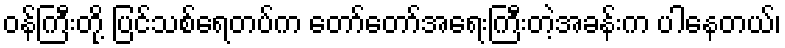
ဝန်ကြီးတို့ ပြင်သစ်ရေတပ်က တော်တော်အရေးကြီးတဲ့အခန်းက ပါနေတယ်၊